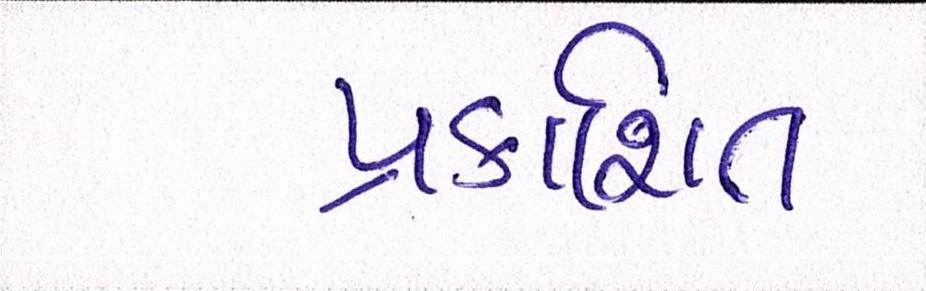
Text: પ્રકાશિત